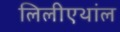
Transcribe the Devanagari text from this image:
लिलीएथांल